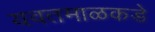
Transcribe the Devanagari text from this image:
यवतमाळकडे